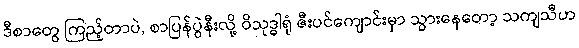
ဒီစာတွေ ကြည့်တာပဲ, စာပြန်ပွဲနီးလို့ ဝိသုဒ္ဓါရုံ ဇီးပင်ကျောင်းမှာ သွားနေတော့ သကျသီဟ